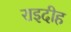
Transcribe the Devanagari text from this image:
राइदीह